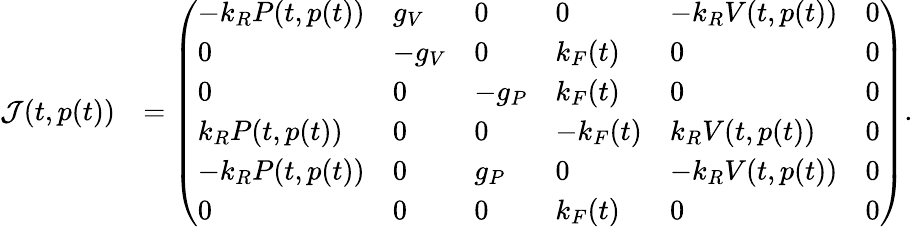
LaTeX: \begin{array}{rl}{\mathcal{J}(t,p(t))}&{=\left(\begin{array}{llllll}{-k_{R}P(t,p(t))}&{g_{V}}&{0}&{0}&{-k_{R}V(t,p(t))}&{0}\\ {0}&{-g_{V}}&{0}&{k_{F}(t)}&{0}&{0}\\ {0}&{0}&{-g_{P}}&{k_{F}(t)}&{0}&{0}\\ {k_{R}P(t,p(t))}&{0}&{0}&{-k_{F}(t)}&{k_{R}V(t,p(t))}&{0}\\ {-k_{R}P(t,p(t))}&{0}&{g_{P}}&{0}&{-k_{R}V(t,p(t))}&{0}\\ {0}&{0}&{0}&{k_{F}(t)}&{0}&{0}\end{array}\right).}\end{array}